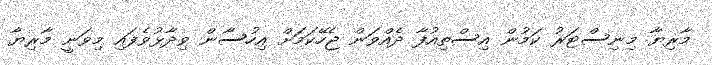
މާރިޔާ މިނިސްޓަރު ކަމުން އިސްތިއުފާ ދެއްވަން ޖެހޭކަމަށް އިހުސާން ވިދާޅުވެފައި މިވަނީ މާރިޔާ